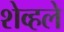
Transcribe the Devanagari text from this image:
शेव्हले